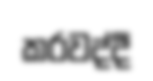
කරවද්දී